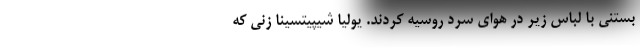
بستنی با لباس زیر در هوای سرد روسیه کردند. یولیا شیپیتسینا زنی که